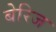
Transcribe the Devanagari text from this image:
बेरिज